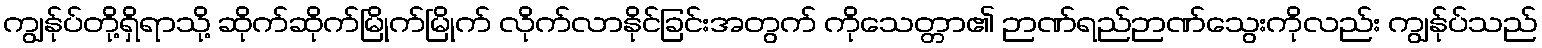
ကျွန်ုပ်တို့ရှိရာသို့ ဆိုက်ဆိုက်မြိုက်မြိုက် လိုက်လာနိုင်ခြင်းအတွက် ကိုသေတ္တာ၏ ဉာဏ်ရည်ဉာဏ်သွေးကိုလည်း ကျွန်ုပ်သည်